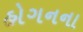
હોગનના